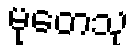
မုတေသု